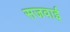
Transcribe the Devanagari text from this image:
सजवाई